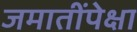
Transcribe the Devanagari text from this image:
जमातींपेक्षा